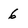
Character: 6